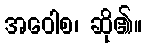
အဝေါစ၊ ဆို၏။